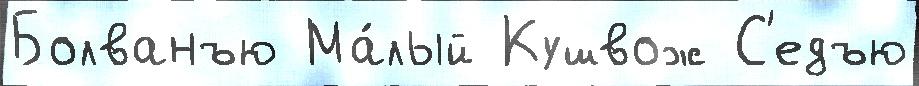
Болванъю Ма́лый Кушвож С'едъю